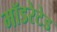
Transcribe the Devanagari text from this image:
मॉडरेटेड